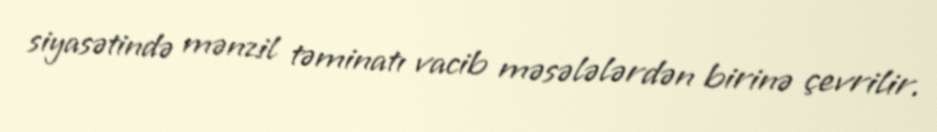
siyasətində mənzil təminatı vacib məsələlərdən birinə çevrilir.